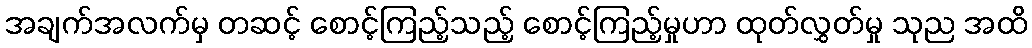
အချက်အလက်မှ တဆင့် စောင့်ကြည့်သည့် စောင့်ကြည့်မှုဟာ ထုတ်လွှတ်မှု သုည အထိ